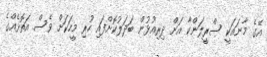
އޭގެ މާނައަކީ ސްރީލަންކާ އަށް ދިރިއުޅުން ބަދަލުކޮށްފައި ހުރި މީހަކަށް ވެސް އަތޮޅެއްގެ